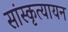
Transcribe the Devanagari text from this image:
सांस्कृत्यायन